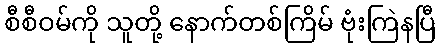
စီစီဝမ်ကို သူတို့ နောက်တစ်ကြိမ် ဗုံးကြဲနပြီ